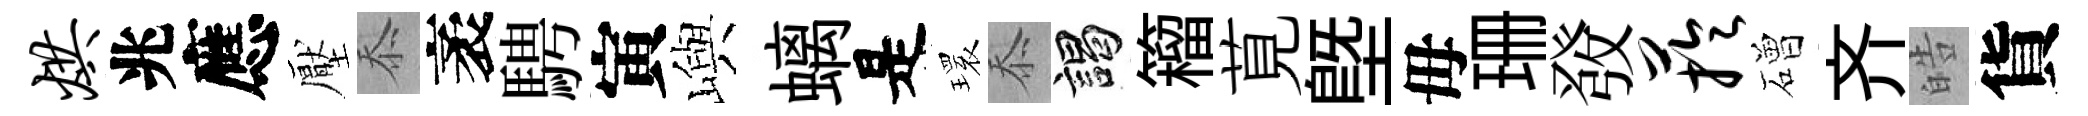
烘兆應壓忝袤騁寅嶼螭是𤨔忝謁籕莧塈毋珊𤼲芋磳齐皓貨